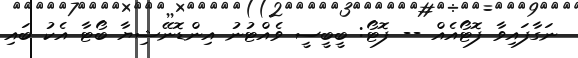
ނަގާފައިވާ ފޮޓޯއެއް -- ފޮޓޯ: ބީބީސީ ވެއްޓުނު އިންޑޮނޭޝިޔާ ބޯޓާ އެކު ބައި